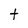
Character: t